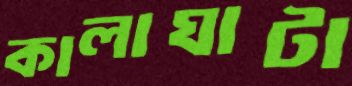
কালাঘাটা